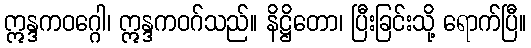
ဣန္ဒကဝဂ္ဂေါ၊ ဣန္ဒကဝဂ်သည်။ နိဋ္ဌိတော၊ ပြီးခြင်းသို့ ရောက်ပြီ။